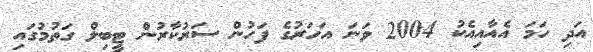
އަދި ހަމަ އެއާއިއެކު 2004 ވަނަ އަހަރުގެ ފަހުން ސަރުކާރުން ޓީބިލް ގަތުމުގައި